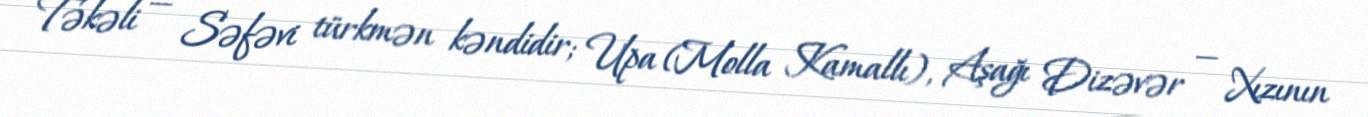
Təkəli — Səfəvi türkmən kəndidir; Upa (Molla Kamallı), Aşağı Dizəvər — Xızının